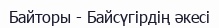
Байторы - Байсүгірдің әкесі